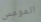
المومس